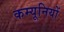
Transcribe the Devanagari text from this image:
कम्यूनियों